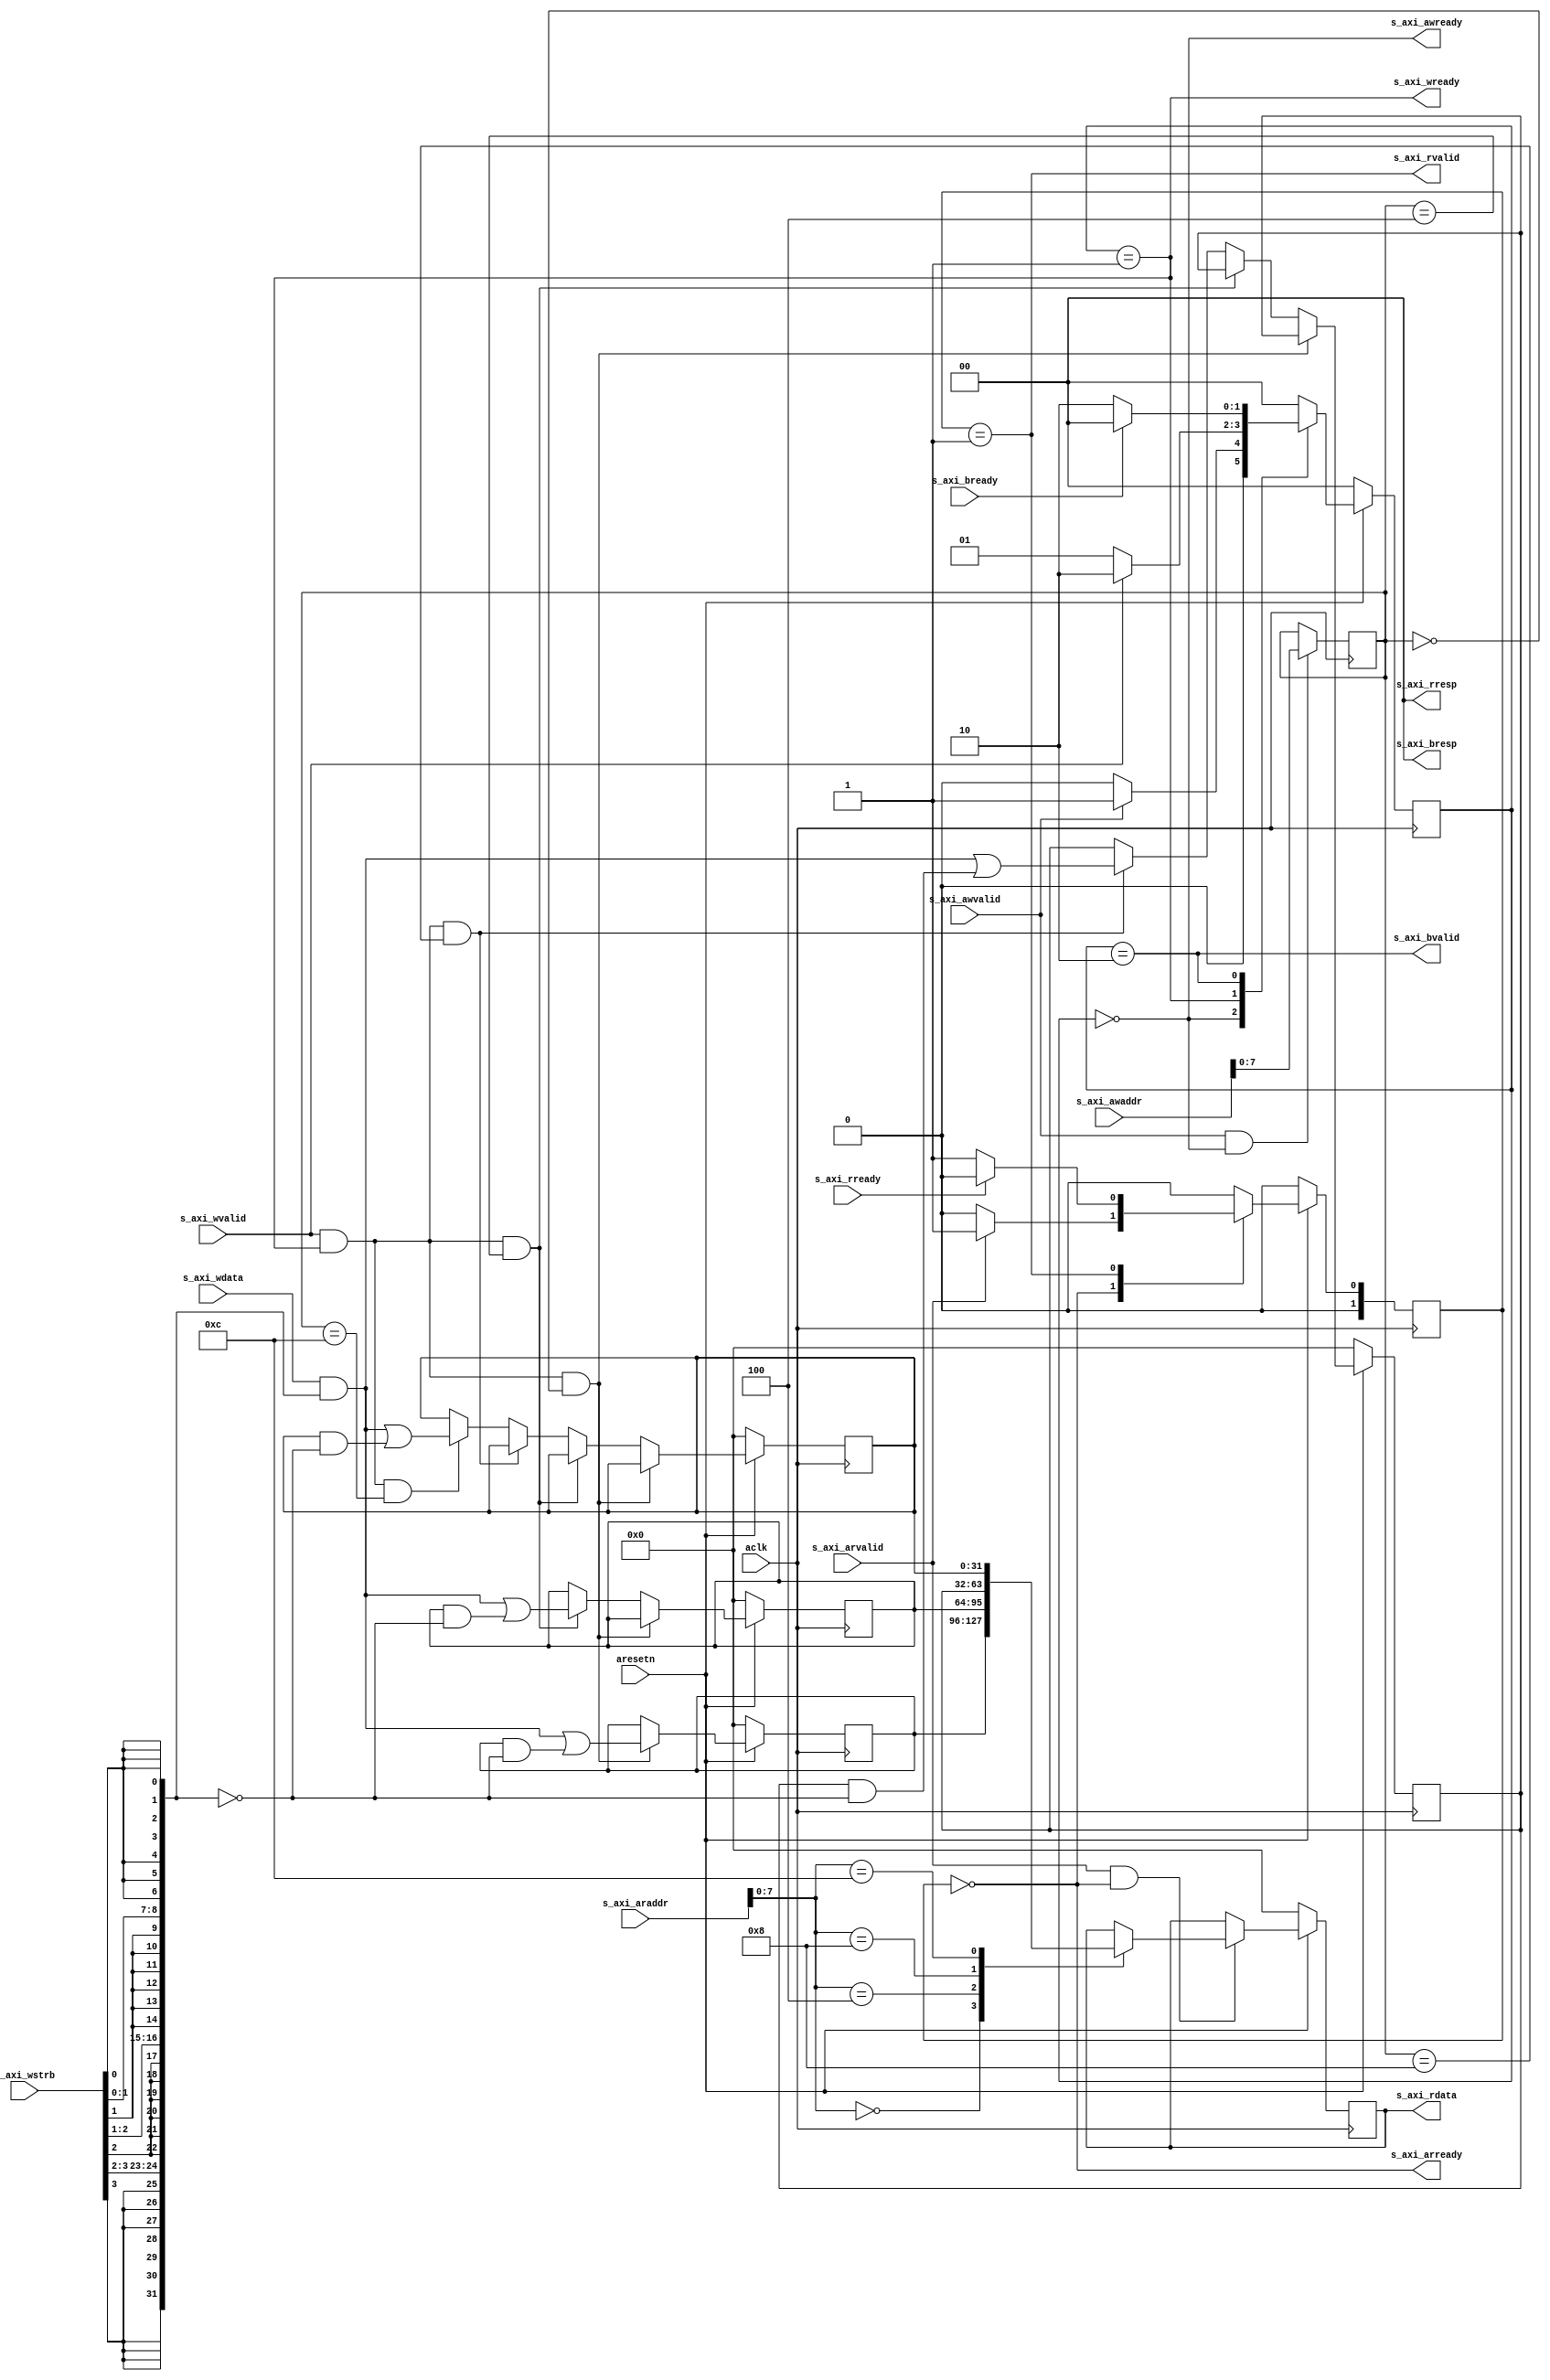

`timescale 1ns / 1ps

module axi_lite
	(
	    // ### Clock and reset signals #########################################
		input  wire        aclk,
		input  wire        aresetn,
		// ### AXI4-lite slave signals #########################################
		// *** Write address signals ***
        output wire        s_axi_awready,
		input  wire [31:0] s_axi_awaddr,
		input  wire        s_axi_awvalid,
		// *** Write data signals ***
        output wire        s_axi_wready,
		input  wire [31:0] s_axi_wdata,
		input  wire [3:0]  s_axi_wstrb,
		input  wire        s_axi_wvalid,
		// *** Write response signals ***
        input  wire        s_axi_bready,
		output wire [1:0]  s_axi_bresp,
		output wire        s_axi_bvalid,
		// *** Read address signals ***
        output wire        s_axi_arready,
		input  wire [31:0] s_axi_araddr,
		input  wire        s_axi_arvalid,
		// *** Read data signals ***	
        input  wire        s_axi_rready,
		output wire [31:0] s_axi_rdata,
		output wire [1:0]  s_axi_rresp,
		output wire        s_axi_rvalid
		// ### User signals ####################################################
	);

    // ### Register map ########################################################
	localparam C_ADDR_BITS = 8;
	// *** Address ***
	localparam C_ADDR_REG0 = 8'h00,
			   C_ADDR_REG1 = 8'h04,
			   C_ADDR_REG2 = 8'h08,
			   C_ADDR_REG3 = 8'h0c;
	// *** AXI write FSM ***
	localparam S_WRIDLE = 2'd0,
			   S_WRDATA = 2'd1,
			   S_WRRESP = 2'd2;
	// *** AXI read FSM ***
	localparam S_RDIDLE = 2'd0,
			   S_RDDATA = 2'd1;
	
	// *** AXI write ***
	reg [1:0] wstate_cs, wstate_ns;
	reg [C_ADDR_BITS-1:0] waddr;
	wire [31:0] wmask;
	wire aw_hs, w_hs;
	// *** AXI read ***
	reg [1:0] rstate_cs, rstate_ns;
	wire [C_ADDR_BITS-1:0] raddr;
	reg [31:0] rdata;
	wire ar_hs;
	// *** Registers ***
	reg [31:0] reg0;
    reg [31:0] reg1;
    reg [31:0] reg2;
    reg [31:0] reg3;
    
	// ### AXI write ###########################################################
	assign s_axi_awready = (wstate_cs == S_WRIDLE);
	assign s_axi_wready = (wstate_cs == S_WRDATA);
	assign s_axi_bresp = 2'b00;    // OKAY
	assign s_axi_bvalid = (wstate_cs == S_WRRESP);
	assign wmask = {{8{s_axi_wstrb[3]}}, {8{s_axi_wstrb[2]}}, {8{s_axi_wstrb[1]}}, {8{s_axi_wstrb[0]}}};
	assign aw_hs = s_axi_awvalid & s_axi_awready;
	assign w_hs = s_axi_wvalid & s_axi_wready;

	// *** Write state register ***
	always @(posedge aclk)
	begin
		if (!aresetn)
			wstate_cs <= S_WRIDLE;
		else
			wstate_cs <= wstate_ns;
	end
	
	// *** Write state next ***
	always @(*)
	begin
		case (wstate_cs)
			S_WRIDLE:
				if (s_axi_awvalid)
					wstate_ns = S_WRDATA;
				else
					wstate_ns = S_WRIDLE;
			S_WRDATA:
				if (s_axi_wvalid)
					wstate_ns = S_WRRESP;
				else
					wstate_ns = S_WRDATA;
			S_WRRESP:
				if (s_axi_bready)
					wstate_ns = S_WRIDLE;
				else
					wstate_ns = S_WRRESP;
			default:
				wstate_ns = S_WRIDLE;
		endcase
	end
	
	// *** Write address register ***
	always @(posedge aclk)
	begin
		if (aw_hs)
			waddr <= s_axi_awaddr[C_ADDR_BITS-1:0];
	end
	
	// ### AXI read ############################################################
	assign s_axi_arready = (rstate_cs == S_RDIDLE);
	assign s_axi_rdata = rdata;
	assign s_axi_rresp = 2'b00;    // OKAY
	assign s_axi_rvalid = (rstate_cs == S_RDDATA);
	assign ar_hs = s_axi_arvalid & s_axi_arready;
	assign raddr = s_axi_araddr[C_ADDR_BITS-1:0];
	
	// *** Read state register ***
	always @(posedge aclk)
	begin
		if (!aresetn)
			rstate_cs <= S_RDIDLE;
		else
			rstate_cs <= rstate_ns;
	end

	// *** Read state next ***
	always @(*) 
	begin
		case (rstate_cs)
			S_RDIDLE:
				if (s_axi_arvalid)
					rstate_ns = S_RDDATA;
				else
					rstate_ns = S_RDIDLE;
			S_RDDATA:
				if (s_axi_rready)
					rstate_ns = S_RDIDLE;
				else
					rstate_ns = S_RDDATA;
			default:
				rstate_ns = S_RDIDLE;
		endcase
	end
	
	// *** Read data register ***
	always @(posedge aclk)
	begin
	    if (!aresetn)
	        rdata <= 0;
		else if (ar_hs)
			case (raddr)
				C_ADDR_REG0: 
					rdata <= reg0[31:0];
				C_ADDR_REG1:
				    rdata <= reg1[31:0];			
				C_ADDR_REG2:
                    rdata <= reg2[31:0];
				C_ADDR_REG3:
                    rdata <= reg3[31:0];   
			endcase
	end
	
    // ### Registers ############################################################    
	always @(posedge aclk)
	begin
	    if (!aresetn)
	    begin
            reg0[31:0] <= 0;
            reg1[31:0] <= 0;
            reg2[31:0] <= 0;
            reg3[31:0] <= 0;
        end
		else if (w_hs && waddr == C_ADDR_REG0)
		begin
			reg0[31:0] <= (s_axi_wdata[31:0] & wmask) | (reg0[31:0] & ~wmask);
	    end
		else if (w_hs && waddr == C_ADDR_REG1)
        begin
            reg1[31:0] <= (s_axi_wdata[31:0] & wmask) | (reg1[31:0] & ~wmask);
        end
		else if (w_hs && waddr == C_ADDR_REG2)
        begin
            reg2[31:0] <= (s_axi_wdata[31:0] & wmask) | (reg2[31:0] & ~wmask);
        end
		else if (w_hs && waddr == C_ADDR_REG3)
        begin
            reg3[31:0] <= (s_axi_wdata[31:0] & wmask) | (reg3[31:0] & ~wmask);
        end
	end
    
endmodule